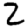
Digit: 2